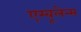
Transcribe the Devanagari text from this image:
एम्‍बूलेन्‍स